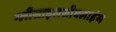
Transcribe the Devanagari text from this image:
ग्लीसाइलसीक्लाइंस